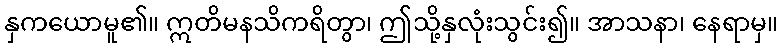
နှကယောမူ၏။ ဣတိမနသိကရိတွာ၊ ဤသို့နှလုံးသွင်း၍။ အာသနာ၊ နေရာမှ။